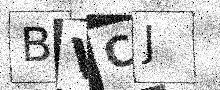
Text: BVCJ